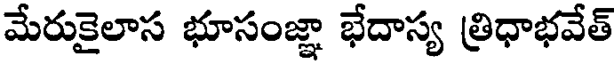
మేరుకైలాస భూసంజ్ఞా భేదాస్య త్రిధాభవేత్